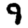
Digit: 9